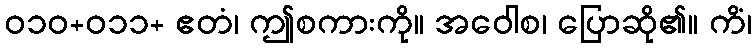
ဝ၁၀+ဝ၁၁+ ဧတံ၊ ဤစကားကို။ အဝေါစ၊ ပြောဆို၏။ ကိံ၊